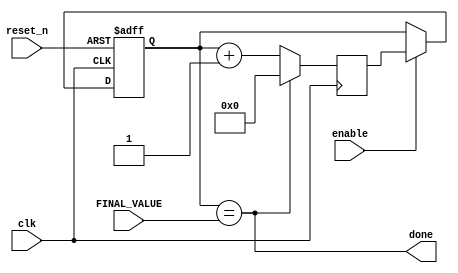
`timescale 1ns / 1ps
//////////////////////////////////////////////////////////////////////////////////
// Company: 
// Engineer: 
// 
// Design Name: 
// Module Name:    BGEN 
// Project Name: 
// Target Devices: 
// Tool versions: 
// Description: 
//
// Dependencies: 
//
// Revision: 
// Revision 0.01 - File Created
// Additional Comments: 
//
//////////////////////////////////////////////////////////////////////////////////
`timescale 1ns/1ps
`define BITWIDTH 8
module BGEN(
    input clk,
    input reset_n,
    input enable,
    input [`BITWIDTH - 1:0] FINAL_VALUE,
    output done
    );
  
    reg [`BITWIDTH - 1:0] Q_reg, Q_next;
    
always @(posedge clk, negedge reset_n)
 begin
 if (~reset_n)
   Q_reg <= 'b0;
 else if(enable)
   Q_reg <= Q_next;
 else
   Q_reg <= Q_reg;
end
   
assign done = Q_reg == FINAL_VALUE;
always @(negedge clk)
 Q_next = done? 1'b0 : Q_reg + 1'b1;
    
    
endmodule